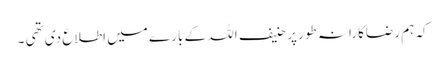
کہ ہم رضاکارانہ طور پر حنیف اللہ کے بارے میں اطلاع دی تھی ۔